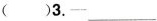
()3.——___